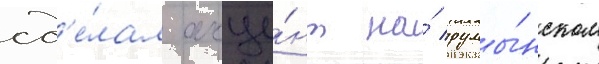
сд'е́лал акце́нт на́ румы́нском